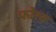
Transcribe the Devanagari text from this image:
फोरस